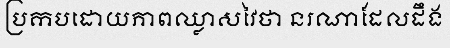
ប្រកបដោយភាពឈ្លាសវៃថា នរណាដែលដឹង